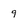
Character: 9